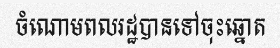
ចំណោមពលរដ្ឋបានទៅចុះឆ្នោត